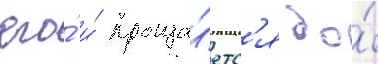
его́ и́ проща́етс'я до́